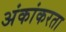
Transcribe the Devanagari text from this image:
अंकांकरता